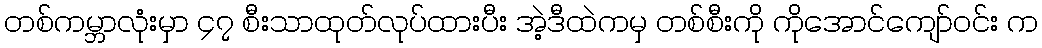
တစ်ကမ္ဘာလုံးမှာ ၄၇ စီးသာထုတ်လုပ်ထားပီး အဲ့ဒီထဲကမှ တစ်စီးကို ကိုအောင်ကျော်ဝင်း က